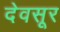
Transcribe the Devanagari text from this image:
देवसूर